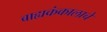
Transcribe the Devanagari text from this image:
बाह्यकंकालाचे